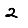
Digit: 2